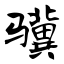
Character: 骥